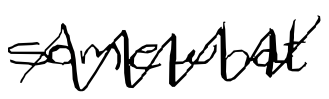
Text: somewhat
Cross-out: zig-zag
Writing tool: digital_black